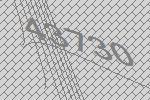
43730